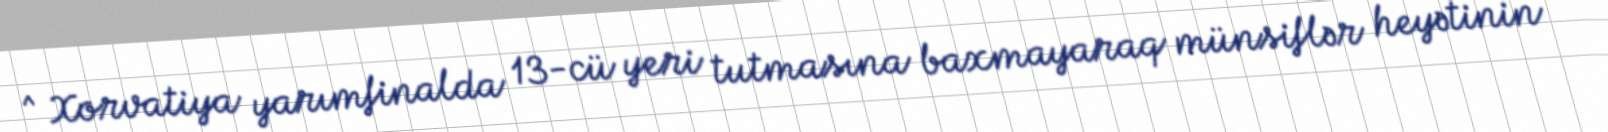
^ Xorvatiya yarımfinalda 13-cü yeri tutmasına baxmayaraq münsiflər heyətinin